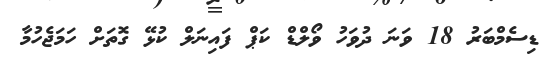
ޑިސެމްބަރު 18 ވަނަ ދުވަހު ވޯލްޑް ކަޕް ފައިނަލް ކުޅޭ ގޮތަށް ހަމަޖެހުމާ